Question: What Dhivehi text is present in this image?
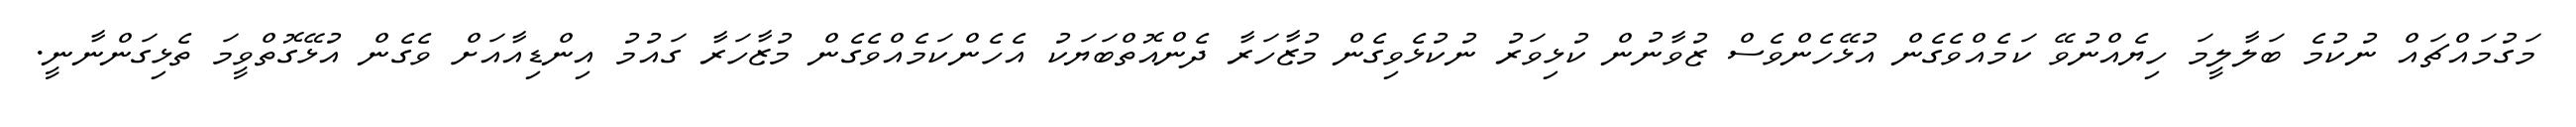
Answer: މަގުމައްޗައް ނުކުމެ ބަލާލީމަ ހިޔެއްނުވޭ ކަމެއްވެގެން އުޅޭހެންވެސް ޒުވާނުން ކުޅިވަރު ނުކުޅެވިގެން މުޒާހަރާ ދެންއޮތްބަޔަކު އެހެންކަމެއްވެގެން މުޒާހަރާ ގައުމު އިންޑިއާއަށް ވެގެން އުޅޭގޮތްވީމަ ތެޅިގަންނާނީ.